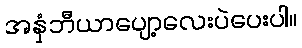
အနှံဘီယာပျော့လေးပဲပေးပါ။